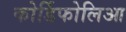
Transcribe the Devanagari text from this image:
कोर्डिफोलिआ